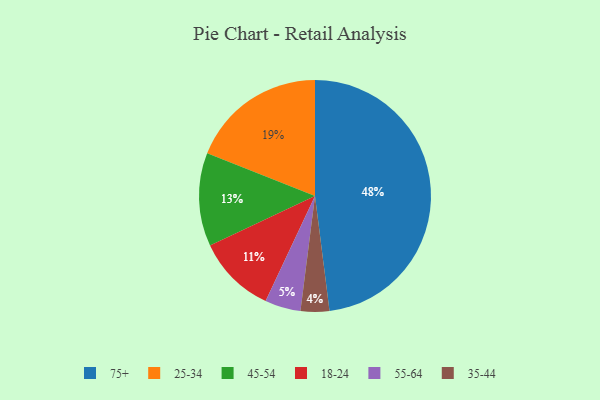
{"axis": {"x": "Category", "y": "Percentage"}, "legend": ["18-24", "25-34", "35-44", "45-54", "55-64", "75+"], "data": [{"x": "75+", "y": 48, "type": "75+"}, {"x": "35-44", "y": 4, "type": "35-44"}, {"x": "18-24", "y": 11, "type": "18-24"}, {"x": "55-64", "y": 5, "type": "55-64"}, {"x": "45-54", "y": 13, "type": "45-54"}, {"x": "25-34", "y": 19, "type": "25-34"}]}